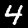
Label: 4